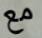
مع